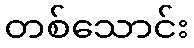
တစ်သောင်း